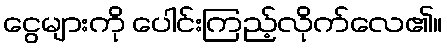
ငွေများကို ပေါင်းကြည့်လိုက်လေ၏။